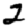
Digit: 2